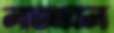
লাভএবল